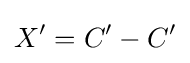
X^{\prime }=C^{\prime }-C^{\prime }